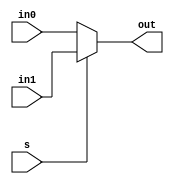
`timescale 1ns / 1ps

//////////////////////////////////////////////////////////////////////////////////
// Assignment No: 5
// Group No     : 8
// Problem No   : 1
// Group Members: Suhas Jain    (19CS30048)
//                Monal Prasad  (19CS30030)
// Semester No  : 5 (Autumn 2021-22)
//////////////////////////////////////////////////////////////////////////////////
// Module to implement a 2:1 mux 

module mux(
    input in0, 
    input in1,
    input s, 
    output reg out
);
    // Output control block 
    always @(*) begin
        if(s)
            out <= in1;    // Output is same as input in port 1 if s = 1
        else
            out <= in0;    // Output is same as input in port 0 if s = 0
    end
endmodule